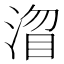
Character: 𭱓